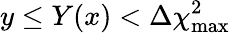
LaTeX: y\le Y(x)<\Delta\chi_{\mathrm{max}}^{2}